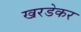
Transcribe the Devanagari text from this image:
खरडेकर